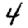
Digit: 4